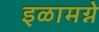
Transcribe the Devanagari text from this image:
इळामग्ने